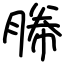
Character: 幐